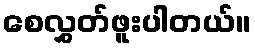
စေလွှတ်ဖူးပါတယ်။